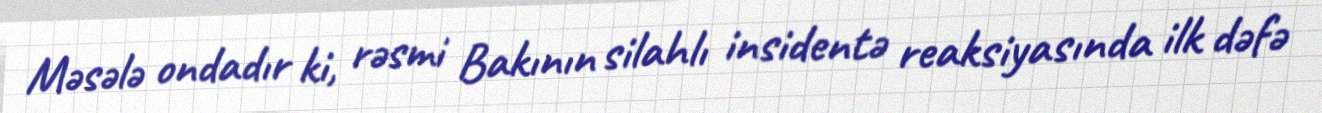
Məsələ ondadır ki, rəsmi Bakının silahlı insidentə reaksiyasında ilk dəfə